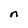
Character: n